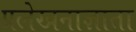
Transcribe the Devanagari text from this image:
प्रलेखनाज्ञाता